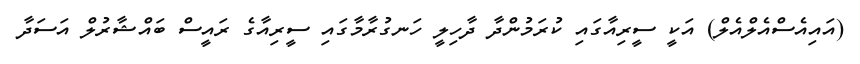
(އައިއެސްއެލްއެލް) އަކީ ސީރިއާގައި ކުރަމުންދާ ދާހިލީ ހަނގުރާމާގައި ސީރިއާގެ ރައީސް ބައްޝާރުލް އަސަދާ